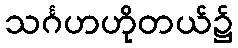
သင်္ဂဟဟိုတယ်၌